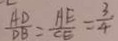
\frac { A D } { D B } = \frac { A E } { C E } = \frac { 3 } { 4 }